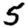
Digit: 5